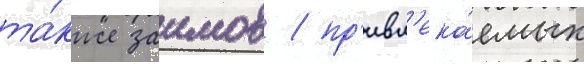
та́кже заимов / пр'ивл'ека́емых